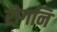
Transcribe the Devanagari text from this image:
रोगनि